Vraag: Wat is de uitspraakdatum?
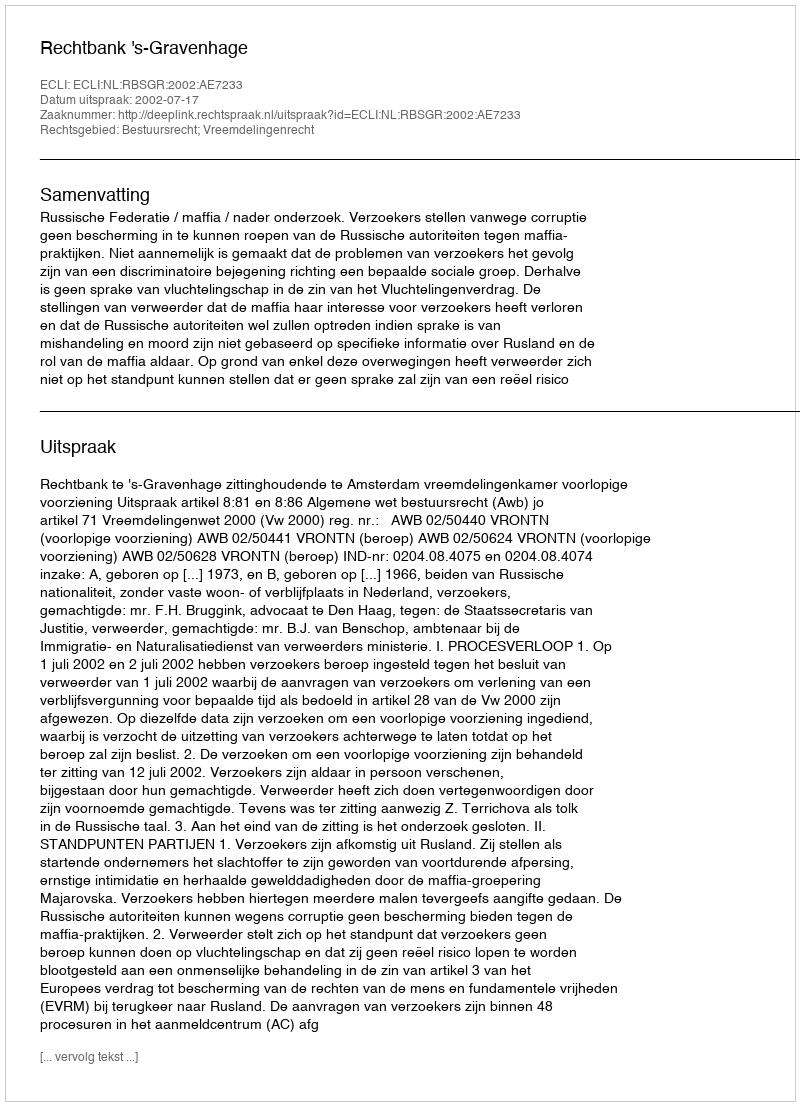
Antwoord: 2002-07-17